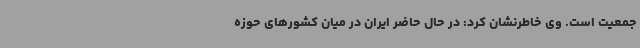
جمعیت است. وی خاطرنشان کرد: در حال حاضر ایران در میان کشورهای حوزه